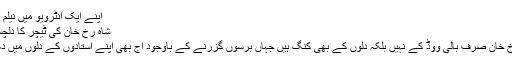
اپنے ایک انٹرویو میں نیلم منیر نے…
شاہ رخ خان کی ٹیچر کا دلچسپ انکشاف
اداکارشاہ رخ خان صرف بالی ووڈ کے نہیں بلکہ دلوں کے بھی کنگ ہیں جہاں برسوں گزرنے کے باوجود آج بھی اپنے استادوں کے دلوں میں دھڑکتے ہیں۔